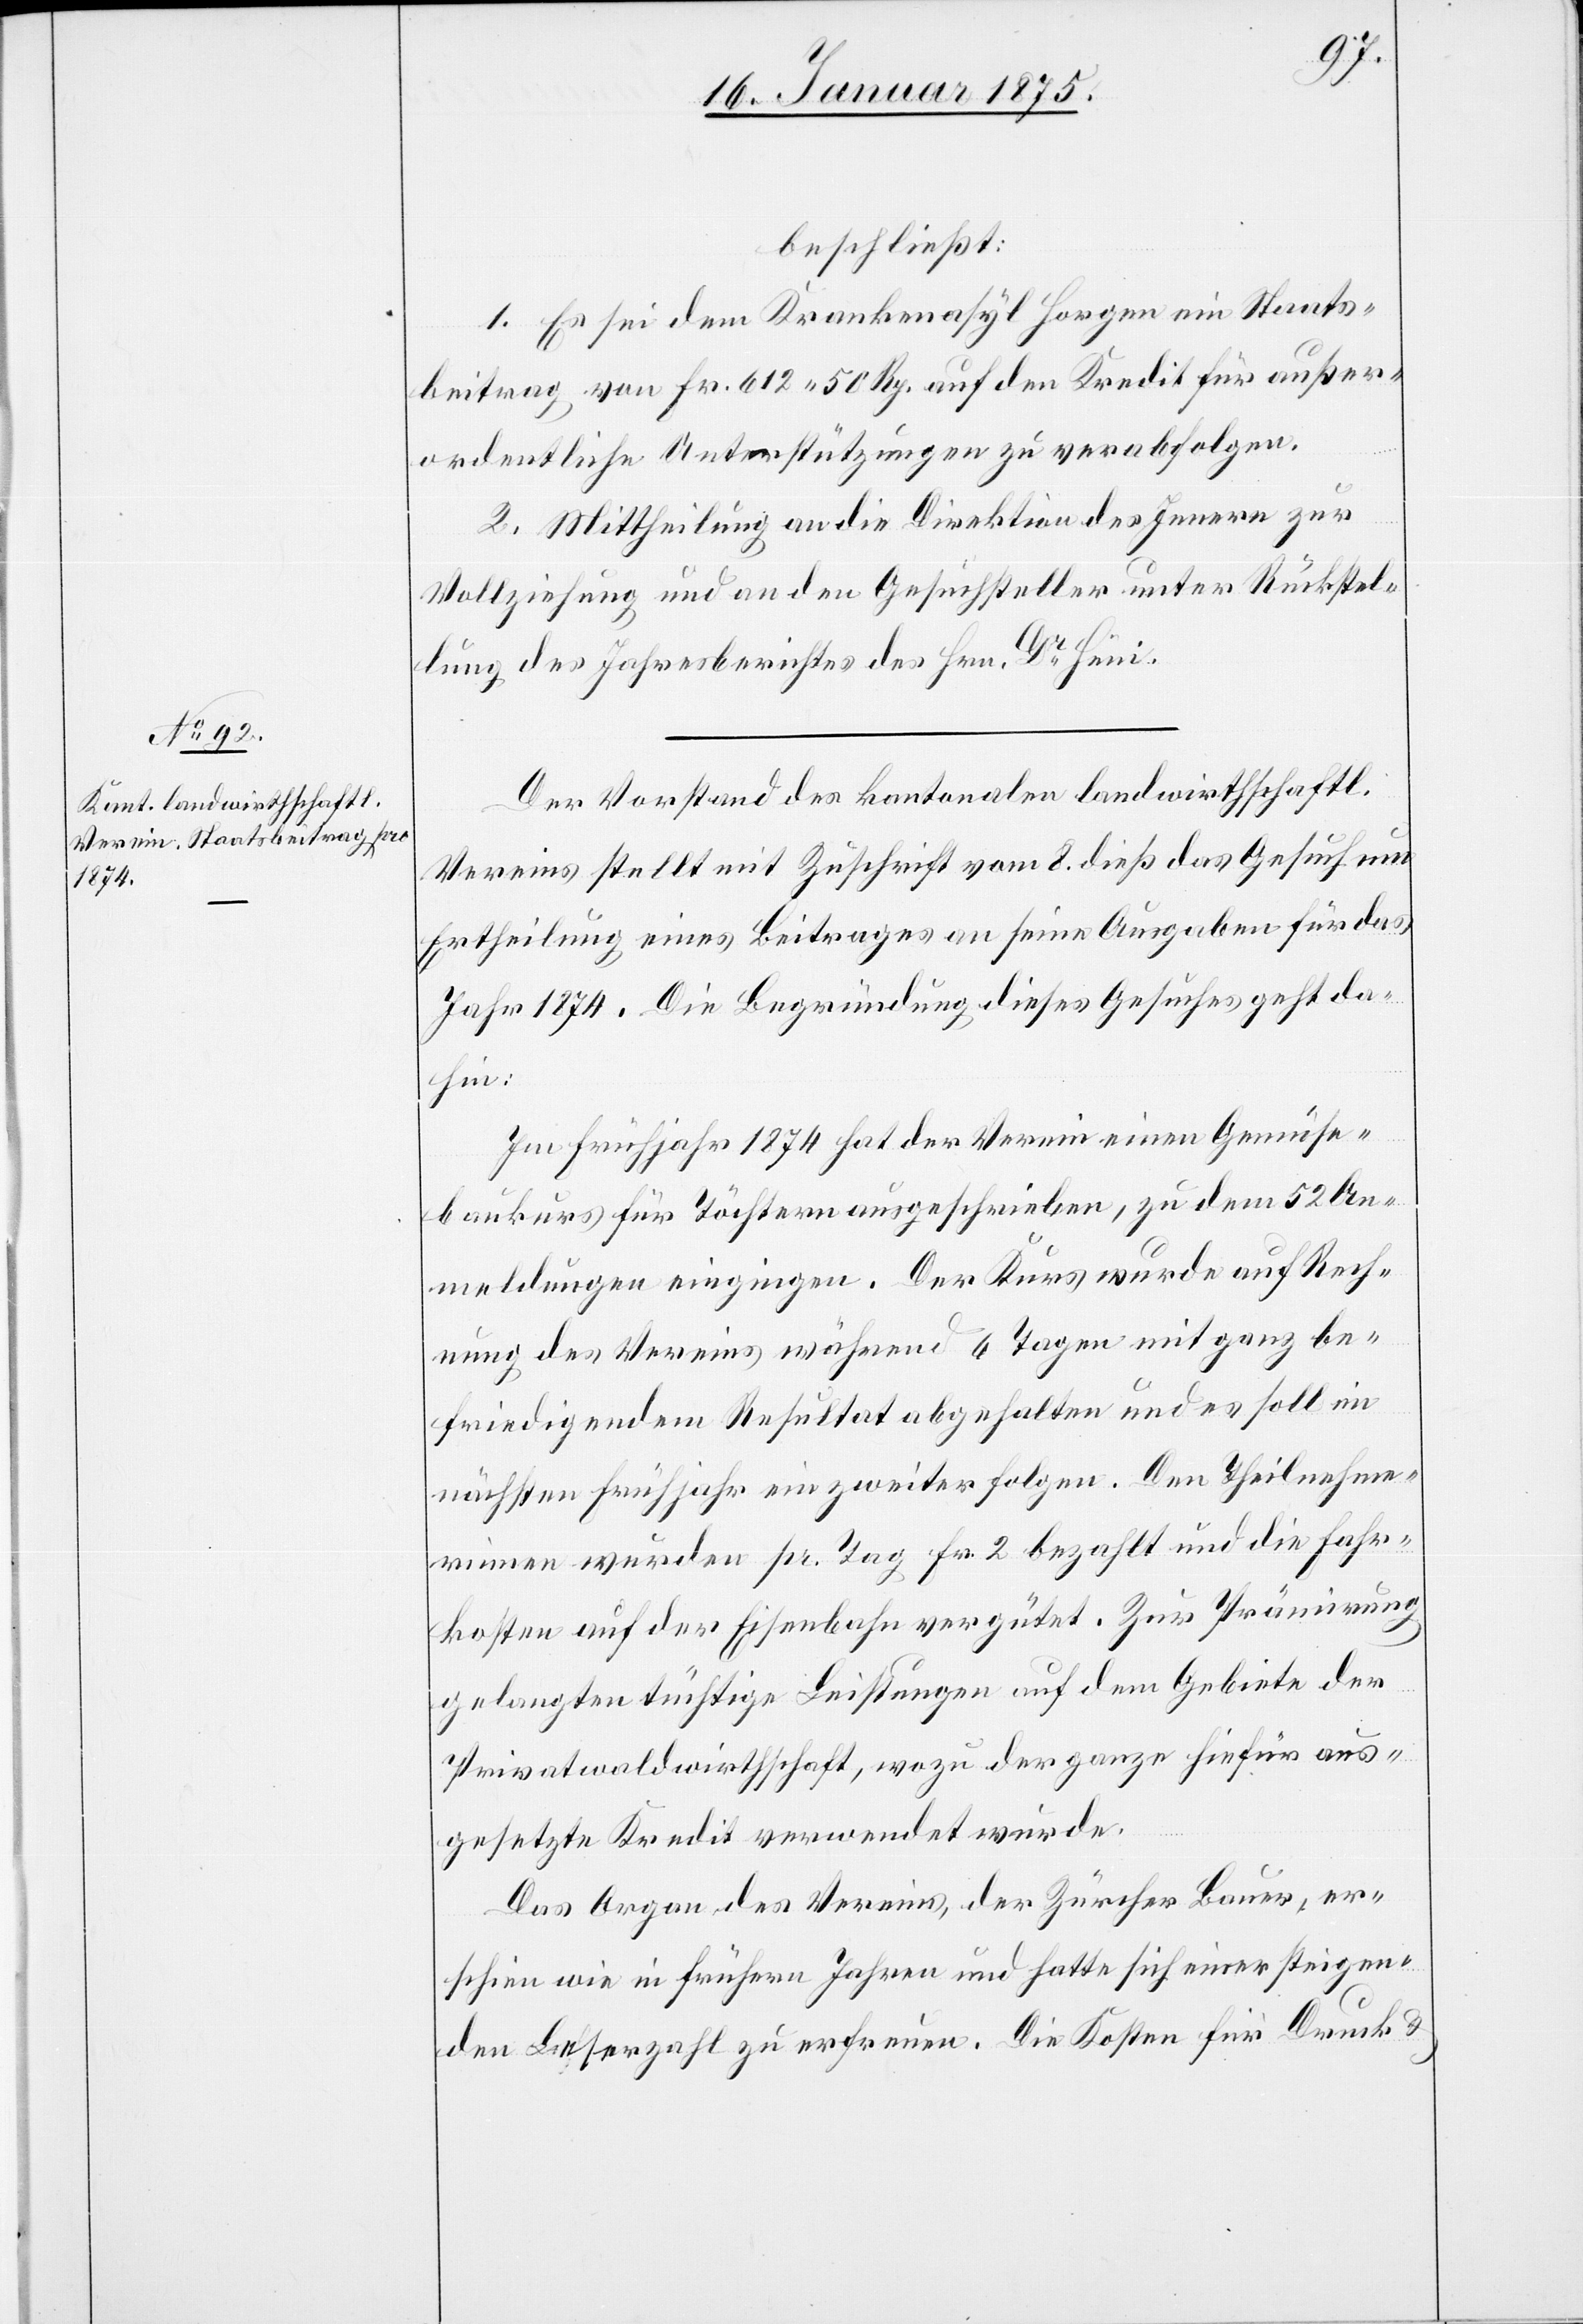
beschließt:
1. Es sei dem Krankenasyl Horgen ein Staats¬
beitrag von Fr. 612. 50 Rp. auf den Kredit für außer¬
ordentliche Unterstützungen zu verabfolgen.
llung des Jahresberichtes des Hrn. Dr Hüni.
Der Vorstand des kantonalen landwirthschaftl.
Vereins stellt mit Zuschrift vom 8. dieß das Gesuch um
Ertheilung eines Beitrages an seine Ausgaben für das
Jahr 1874. Die Begründung dieses Gesuches geht da¬
hin:
Im Frühjahr 1874 hat der Verein einen Gemüse¬
baukurs für Töchtern ausgeschrieben, zu dem 52 An¬
meldungen eingingen. Der Kurs wurde auf Rech¬
nung des Vereins während 4 Tagen mit ganz be¬
friedigendem Resultat abgehalten und es soll im
nächsten Frühjahr ein zweiter folgen. Den Theilnehme¬
rinnen wurden pr. Tag Fr. 2 bezahlt und die Fahr¬
kosten auf der Eisenbahn vergütet. Zur Prämirung
gelangten tüchtige Leistungen auf dem Gebiete der
Privatwaldwirthschaft, wozu der ganze hiefür aus¬
gesetzte Kredit verwendet wurde.
Das Organ des Vereins, der Zürcher Bauer, er¬
schien wie in frühern Jahren und hatte sich einer steigen¬
den Leserzahl zu erfreuen. Die Kosten für Druck &